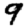
Digit: 9